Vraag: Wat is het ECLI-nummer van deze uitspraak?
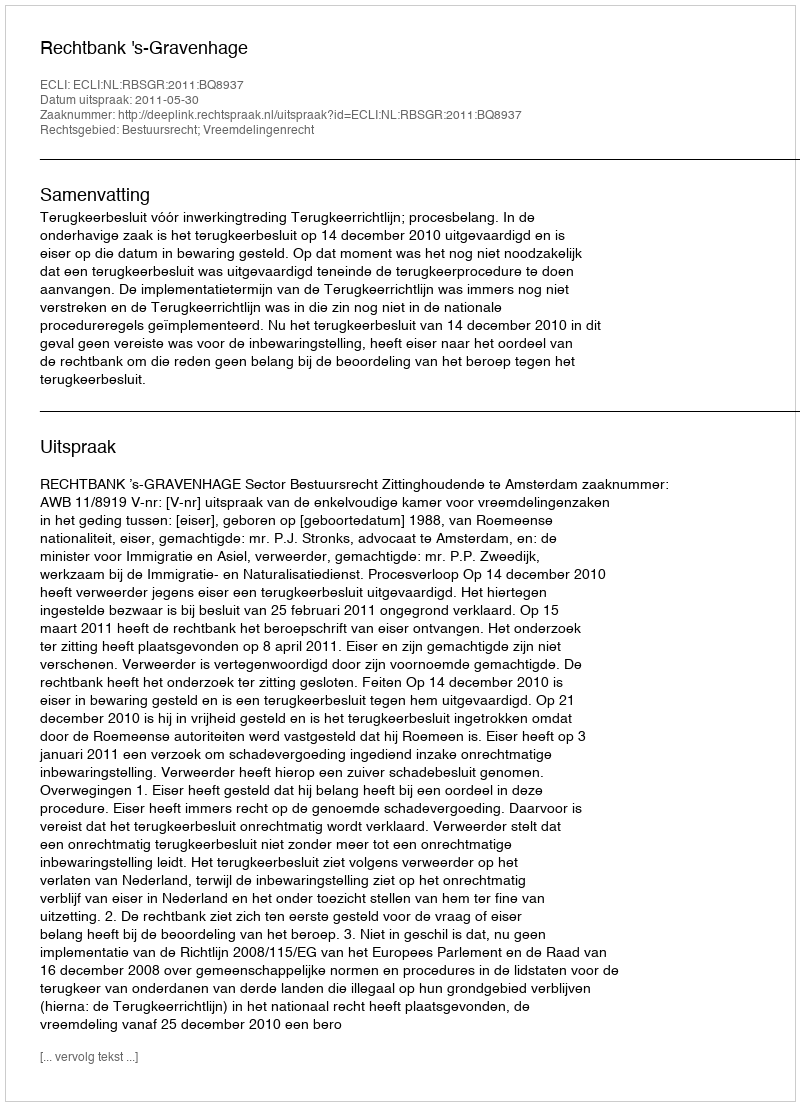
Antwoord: ECLI:NL:RBSGR:2011:BQ8937